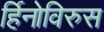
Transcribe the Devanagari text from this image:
र्हिनोविरुस